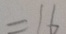
= 1 6